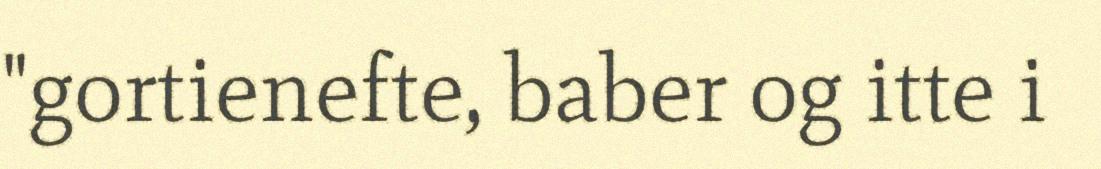
"gortienefte, baber og itte i